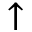
\uparrow